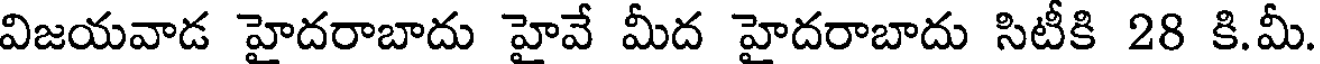
విజయవాడ హైదరాబాదు హైవే మీద హైదరాబాదు సిటీకి 28 కి.మీ